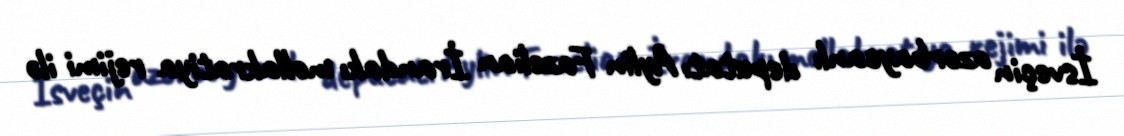
İsveçin azərbaycanlı deputatı Aylin Fazelian İrandakı mollakratiya rejimi ilə